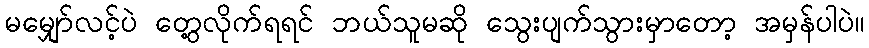
မမျှော်လင့်ပဲ တွေ့လိုက်ရရင် ဘယ်သူမဆို သွေးပျက်သွားမှာတော့ အမှန်ပါပဲ။